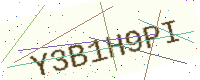
Text: Y3B1H9PI